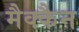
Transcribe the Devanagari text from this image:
मैक्कैन